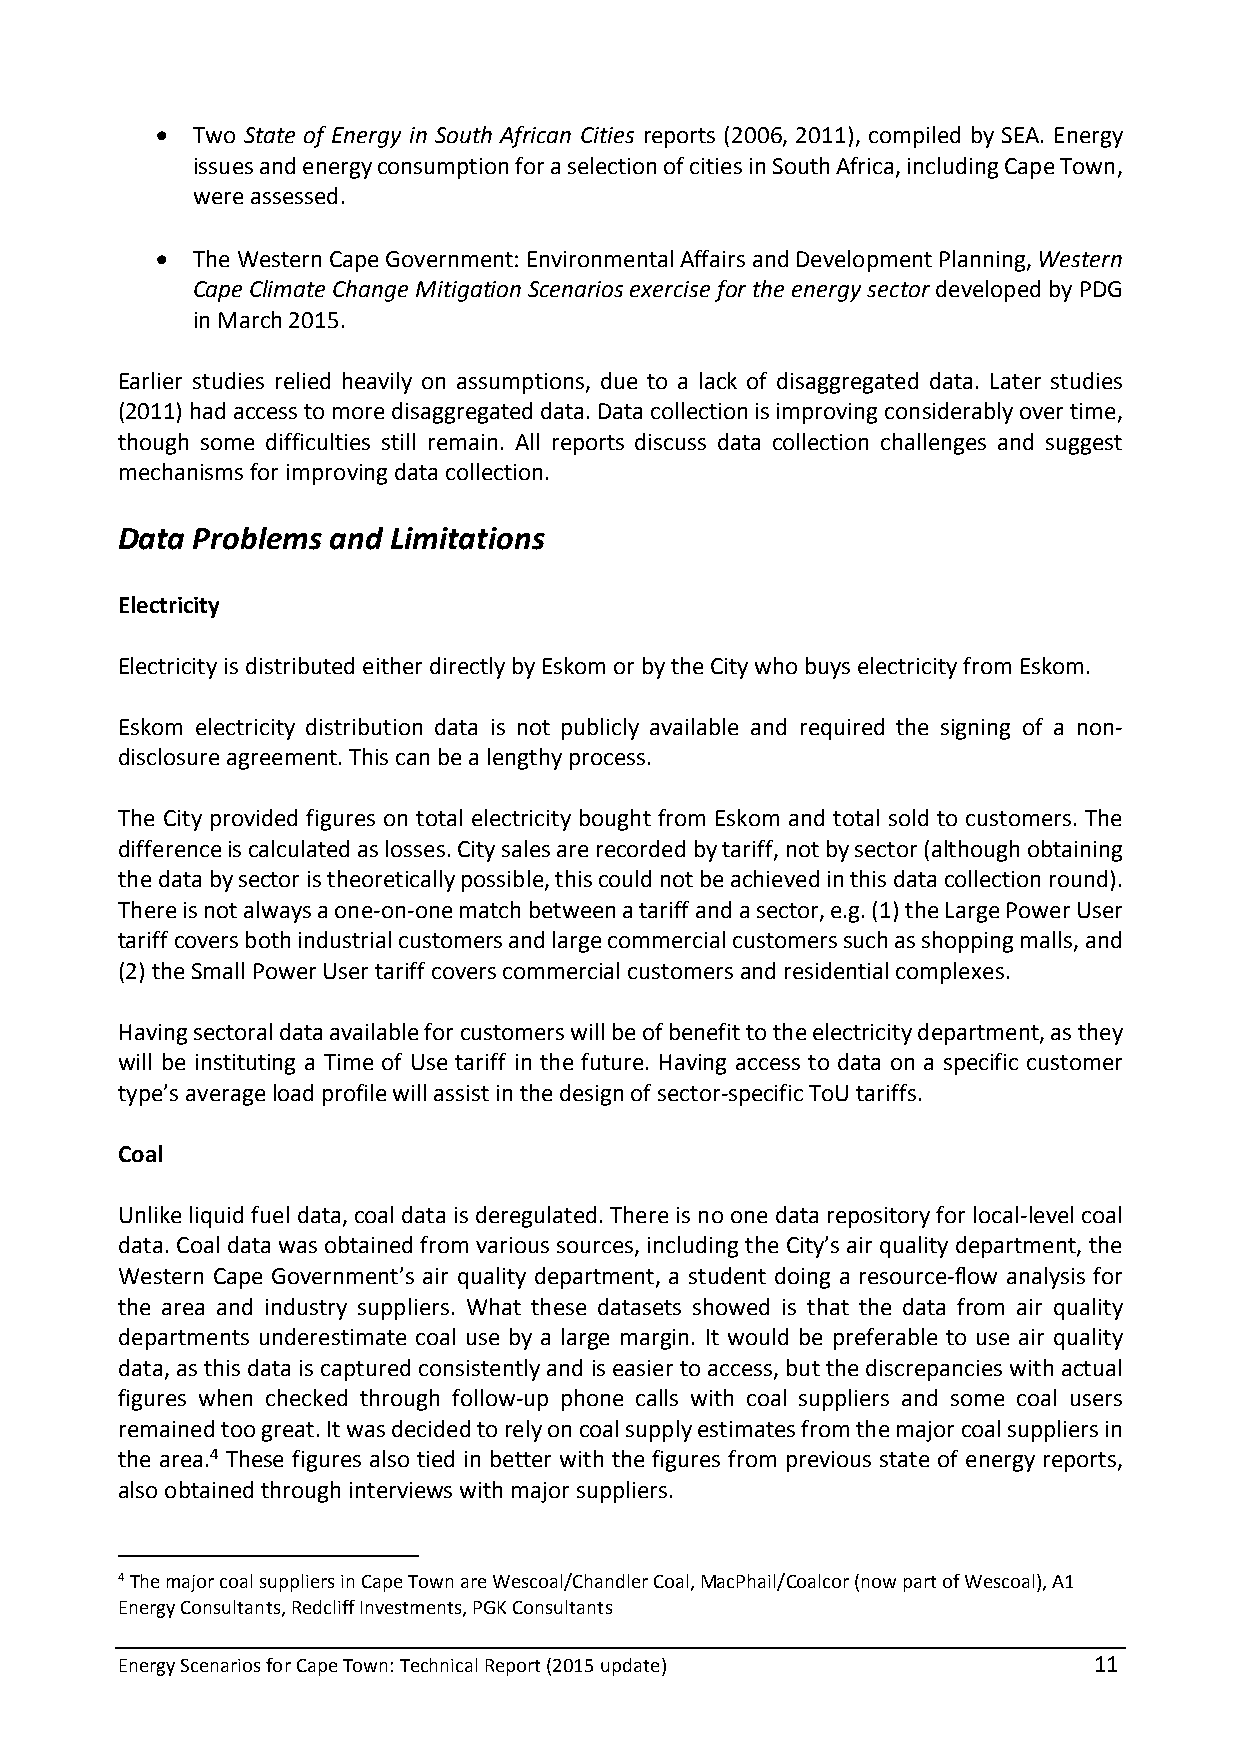
  Two State of Energy in South African Cities reports (2006, 2011), compiled by SEA. Energy
 issues and energy consumption for a selection of cities in South Africa, including Cape Town,
 were assessed.
   The Western Cape Government: Environmental Affairs and Development Planning, Western
 Cape Climate Change Mitigation Scenarios exercise for the energy sector developed by PDG
 in March 2015.
 Earlier studies relied heavily on assumptions, due to a lack of disaggregated data. Later studies
 (2011) had access to more disaggregated data. Data collection is improving considerably over time,
 though some difficulties still remain. All reports discuss data collection challenges and suggest
 mechanisms for improving data collection.
 Data Problems and Limitations
 Electricity
 Electricity is distributed either directly by Eskom or by the City who buys electricity from Eskom.
 Eskom electricity distribution data is not publicly available and required the signing of a non-
 disclosure agreement. This can be a lengthy process.
 The City provided figures on total electricity bought from Eskom and total sold to customers. The
 difference is calculated as losses. City sales are recorded by tariff, not by sector (although obtaining
 the data by sector is theoretically possible, this could not be achieved in this data collection round).
 There is not always a one-on-one match between a tariff and a sector, e.g. (1) the Large Power User
 tariff covers both industrial customers and large commercial customers such as shopping malls, and
 (2) the Small Power User tariff covers commercial customers and residential complexes.
 Having sectoral data available for customers will be of benefit to the electricity department, as they
 will be instituting a Time of Use tariff in the future. Having access to data on a specific customer
 type’s average load profile will assist in the design of sector-specific ToU tariffs.
 Coal
 Unlike liquid fuel data, coal data is deregulated. There is no one data repository for local-level coal
 data. Coal data was obtained from various sources, including the City’s air quality department, the
 Western Cape Government’s air quality department, a student doing a resource-flow analysis for
 the area and industry suppliers. What these datasets showed is that the data from air quality
 departments underestimate coal use by a large margin. It would be preferable to use air quality
 data, as this data is captured consistently and is easier to access, but the discrepancies with actual
 figures when checked through follow-up phone calls with coal suppliers and some coal users
 remained too great. It was decided to rely on coal supply estimates from the major coal suppliers in
 the area.4 These figures also tied in better with the figures from previous state of energy reports,
 also obtained through interviews with major suppliers.
 4 The major coal suppliers in Cape Town are Wescoal/Chandler Coal, MacPhail/Coalcor (now part of Wescoal), A1
 Energy Consultants, Redcliff Investments, PGK Consultants
 Energy Scenarios for Cape Town: Technical Report (2015 update)  11